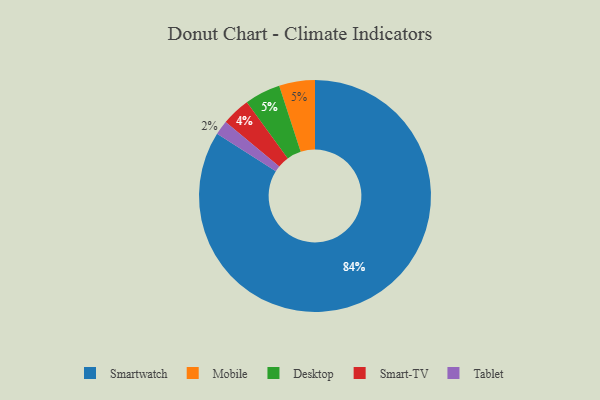
{"axis": {"x": "Category", "y": "Percentage"}, "legend": ["Desktop", "Mobile", "Smart-TV", "Smartwatch", "Tablet"], "data": [{"x": "Mobile", "y": 5, "type": "Mobile"}, {"x": "Smartwatch", "y": 84, "type": "Smartwatch"}, {"x": "Tablet", "y": 2, "type": "Tablet"}, {"x": "Smart-TV", "y": 4, "type": "Smart-TV"}, {"x": "Desktop", "y": 5, "type": "Desktop"}]}